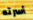
أسرته